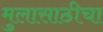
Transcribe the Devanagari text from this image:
मुलासाठीचा